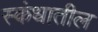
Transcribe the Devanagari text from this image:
स्कंधातील